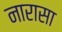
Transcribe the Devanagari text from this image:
नारासा